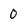
Character: 0